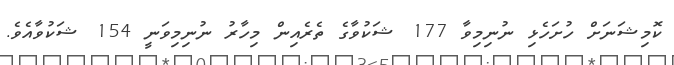
ކޮމިޝަނަށް ހުށަހެޅި ނުނިމިވާ 177 ޝަކުވާގެ ތެރެއިން މިހާރު ނުނިމިވަނީ 154 ޝަކުވާއެވެ.